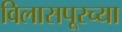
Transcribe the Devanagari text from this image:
विलासपूरच्या